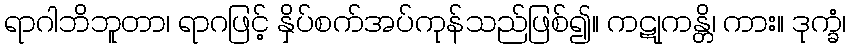
ရာဂါဘိဘူတာ၊ ရာဂဖြင့် နှိပ်စက်အပ်ကုန်သည်ဖြစ်၍။ ကဋုကန္တိ၊ ကား။ ဒုက္ခံ၊